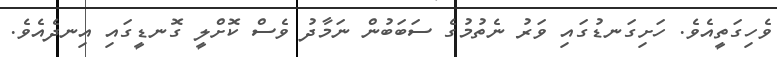
ވެހިގަތީއެވެ. ހަށިގަނޑުގައި ވަރު ނެތުމުގެ ސަބަބުން ނަމާދު ވެސް ކޮށްލީ ގޮނޑީގައި އިނދެއެވެ.